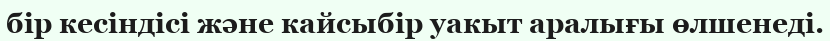
бір кесіндісі және кайсыбір уакыт аралығы өлшенеді.